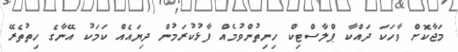
މަޖާކޮށް ވާހަަކަ ދައްކާ ޕްލާސްޓިކް ހިނިތުންވުމެއް ފާޅުކުރަމުން ދިޔައެއް ކަމަކު އޭނާގެ ހިތުތެރޭ